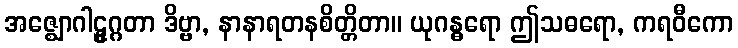
အဇ္ဈောဂါဠှုဂ္ဂတာ ဒိဗ္ဗာ, နာနာရတနစိတ္တိတာ။ ယုဂန္ဓရော ဤသဓရော, ကရဝီကော